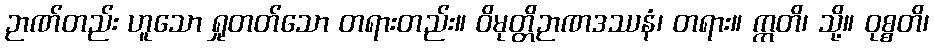
ဉာဏ်တည်း ဟူသော ရှုတတ်သော တရားတည်း။ ဝိမုတ္တိဉာဏဒဿနံ၊ တရား။ ဣတိ၊ သို့။ ဝုစ္စတိ၊